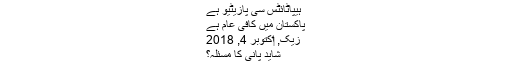
ہیپاٹائٹس سی پازیٹیو ہے
پاکستان میں کافی عام ہے
زیک, ‏اکتوبر 4, 2018
شاید پانی کا مسئلہ؟